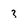
Character: 3